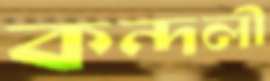
কন্দলী